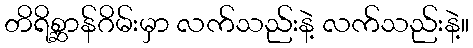
တိရိစ္ဆာန်ဂိမ်းမှာ လက်သည်းနဲ့ လက်သည်းနဲ့။